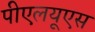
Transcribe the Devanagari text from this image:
पीएलयूएस